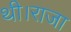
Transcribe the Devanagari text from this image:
थी।राजा